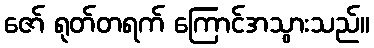
ဇော် ရုတ်တရက် ကြောင်အသွားသည်။